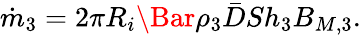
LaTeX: \dot{m}_{3}=2\pi R_{i}\Bar{\rho_{3}}\bar{D}Sh_{3}B_{M,3}.